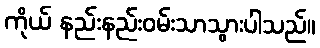
ကိုယ် နည်းနည်းဝမ်းသာသွားပါသည်။